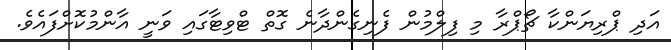
އަދި ޕްރިޔަންކާ ޗޯޕްރާ މި ފިލްމުން ފެނިގެންދާނެ ގޮތް ޓްވިޓާގައި ވަނީ އާންމުކޮށްފައެވެ.